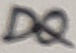
Text: DQ